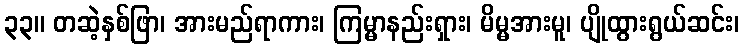
၃၃။ တဆဲ့နှစ်ဖြာ၊ အားမည်ရာကား၊ ကြမ္မာနည်းရှား၊ မိမ္မအားမူ၊ ပျိုထွားရွယ်ဆင်း၊